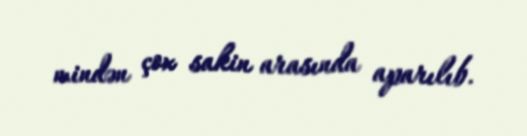
mindən çox sakin arasında aparılıb.